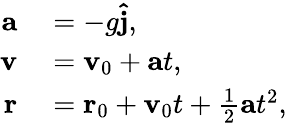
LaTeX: \begin{array}{rl}{\mathbf{a}}&{{}=-g\mathbf{\hat{j}},}\\ {\mathbf{v}}&{{}=\mathbf{v}_{\mathrm{0}}+\mathbf{a}t,}\\ {\mathbf{r}}&{{}=\mathbf{r}_{0}+\mathbf{v}_{0}t+{\frac{1}{2}}\mathbf{a}t^{2},}\end{array}